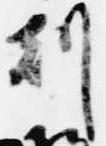
刻